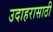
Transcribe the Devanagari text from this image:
उदाहरासाठी